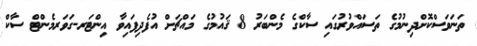
ތަނަވަސްކޮށްދިނުމުގެ ތަސައްވުރުގައި ސާކްގެ މެންބަރު 8 ޤައުމުގެ މައްޗަށް އުފެދިފައިވާ އިންޓަރ-ގަވަރމެންޓް ސާކް